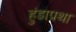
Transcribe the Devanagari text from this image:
हुंडाप्रथा